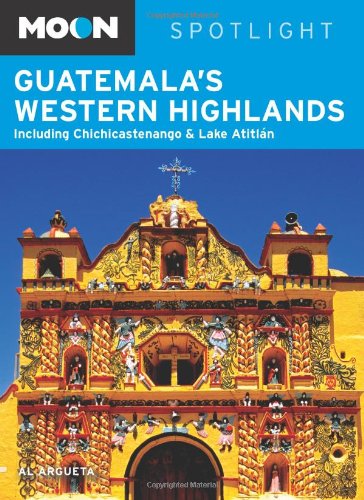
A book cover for Moon Spotlight Guatemala's Western Highlands: Including Chichicastenango & Lake AtitlÃ¡n; Al Argueta; Travel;